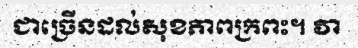
ជាច្រើនដល់សុខភាពក្រពះ។ វា